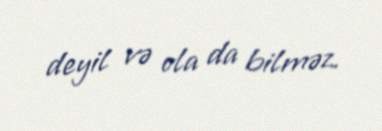
deyil və ola da bilməz.